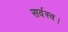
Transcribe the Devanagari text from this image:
सर्वस्व।